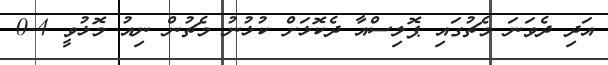
އަދި ދެވަނަ މެޗުގައި ޕޮލިސްއާ ދެކޮޅަށް ކުޅުނު މެޗުން ނިއު މޮޅުވީ 4-0